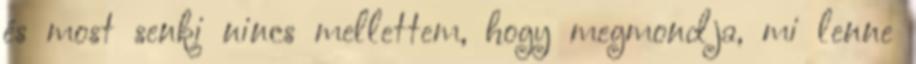
és most senki nincs mellettem, hogy megmondja, mi lenne